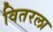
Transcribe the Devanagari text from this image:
वितरला